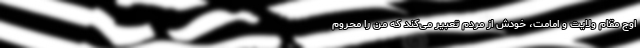
اوج مقام ولایت و امامت، خودش از مردم تعبیر می‌کند که من را محروم